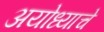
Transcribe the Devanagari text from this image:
अयोध्याचे